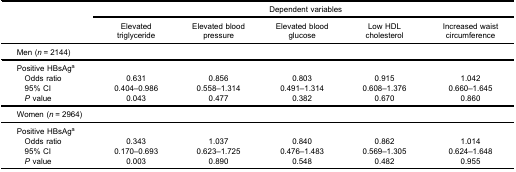
<table><thead><tr><td rowspan="2"><b> </b></td><td colspan="5"><b>Dependent variables</b></td></tr><tr><td><b> </b></td><td><b>Elevatedtriglyceride</b></td><td><b>Elevated bloodpressure</b></td><td><b>Elevated bloodglucose</b></td><td><b>Low HDLcholesterol</b></td><td><b>Increased waistcircumference</b></td></tr></thead><tbody><tr><td colspan="6">Men (<i>n</i> = 2144)</td></tr><tr><td>Positive HBsAg<sup>a</sup></td><td> </td><td> </td><td> </td><td> </td><td> </td></tr><tr><td> Odds ratio</td><td>0.631</td><td>0.856</td><td>0.803</td><td>0.915</td><td>1.042</td></tr><tr><td> 95% CI</td><td>0.404–0.986</td><td>0.558–1.314</td><td>0.491–1.314</td><td>0.608–1.376</td><td>0.660–1.645</td></tr><tr><td> <i>P</i> value</td><td>0.043</td><td>0.477</td><td>0.382</td><td>0.670</td><td>0.860</td></tr><tr><td colspan="6">Women (<i>n</i> = 2964)</td></tr><tr><td>Positive HBsAg<sup>a</sup></td><td> </td><td> </td><td> </td><td> </td><td> </td></tr><tr><td> Odds ratio</td><td>0.343</td><td>1.037</td><td>0.840</td><td>0.862</td><td>1.014</td></tr><tr><td> 95% CI</td><td>0.170–0.693</td><td>0.623–1.725</td><td>0.476–1.483</td><td>0.569–1.305</td><td>0.624–1.648</td></tr><tr><td> <i>P</i> value</td><td>0.003</td><td>0.890</td><td>0.548</td><td>0.482</td><td>0.955</td></tr></tbody></table>